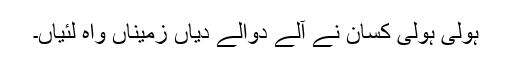
ہولی ہولی کسان نے آلے دوالے دیاں زمیناں واہ لئیاں۔